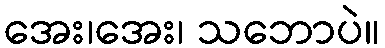
အေး၊အေး၊ သဘောပဲ။